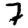
Digit: 7